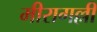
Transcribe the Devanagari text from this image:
मीरागल्ली